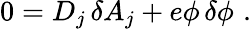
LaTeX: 0=D_{j}\, \delta A_{j}+e\phi\, \delta\phi\, \, .